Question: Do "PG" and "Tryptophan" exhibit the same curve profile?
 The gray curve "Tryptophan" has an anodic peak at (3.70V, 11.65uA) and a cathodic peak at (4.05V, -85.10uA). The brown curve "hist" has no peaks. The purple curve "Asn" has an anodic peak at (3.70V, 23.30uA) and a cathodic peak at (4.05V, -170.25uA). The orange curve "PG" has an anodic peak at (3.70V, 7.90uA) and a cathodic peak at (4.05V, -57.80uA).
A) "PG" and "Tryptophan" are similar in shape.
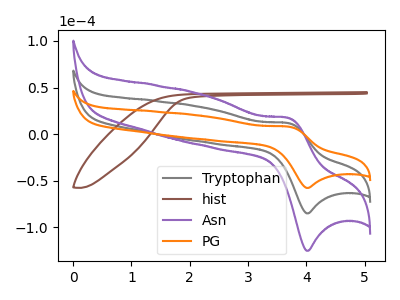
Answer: <think>All the peaks in "PG" have a peak in "Tryptophan" at the same potential. Every peak in "PG" is lower than every peak in "Tryptophan".
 </think>
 <answer>A) "PG" and "Tryptophan" are similar in shape.</answer>
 <eval>A</eval>